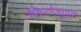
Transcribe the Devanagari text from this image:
फिरोजपुरी